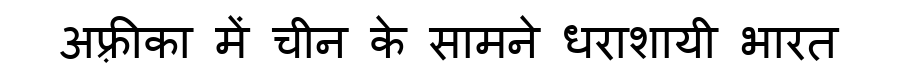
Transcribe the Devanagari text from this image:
अफ़्रीका में चीन के सामने धराशायी भारत